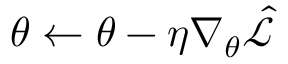
\theta \gets \theta - \eta \nabla _ { \theta } \hat { \mathcal { L } }